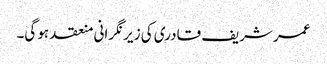
عمر شریف قادری کی زیر نگرانی منعقد ہو گی۔